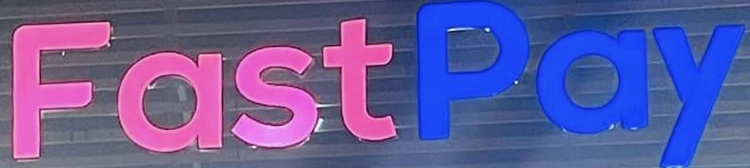
FastPay